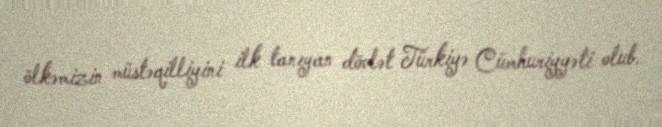
ölkəmizin müstəqilliyini ilk tanıyan dövlət Türkiyə Cümhuriyyəti olub.